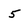
Character: 5